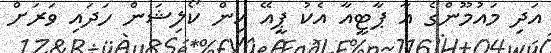
އަދި މައުމޫންގެ އާ ޕާޓީއާ އެކު ޕީއޭ އިން ކޯލިޝަން ހަދައި ވަރަށް